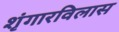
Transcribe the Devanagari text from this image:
शृंगारविलास